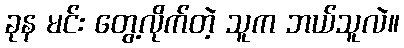
ခုန မင်း တွေ့လိုက်တဲ့ သူက ဘယ်သူလဲ။